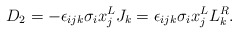
\begin{align*}D_2 = -\epsilon_{ijk}\sigma_i x^L_j J_k = \epsilon_{ijk}\sigma_i x_j^L L_k^R .\end{align*}